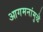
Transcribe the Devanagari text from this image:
आगमनांमुळॆ